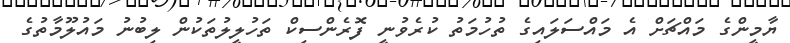
ޔާމީންގެ މައްޗަށް އެ މައްސަލައިގެ ތުހުމަތު ކުރެވުނީ ފޮރެންސިކް ތަހުލީލުތަކުން ލިބުނު މައުލޫމާތުގެ